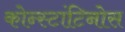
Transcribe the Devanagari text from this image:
कोन्स्टांटिनोस